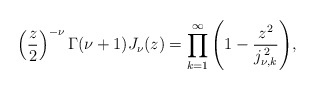
\begin{align*}\left(\frac{z}{2}\right)^{-\nu}\Gamma(\nu+1)J_{\nu}(z)=\prod_{k=1}^{\infty}\left(1-\frac{z^{2}}{j_{\nu,k}^{\,2}}\right)\!,\end{align*}